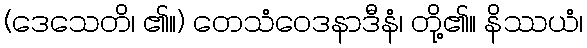
(ဒေသေတိ၊ ၏။) တေသံဝေဒနာဒီနံ၊ တို့၏။ နိဿယံ၊